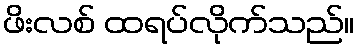
ဖိးလစ် ထရပ်လိုက်သည်။